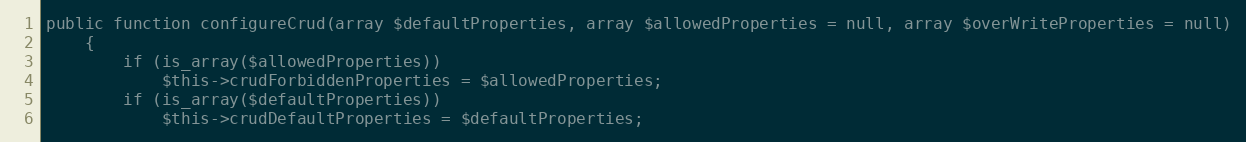
Language: PHP
public function configureCrud(array $defaultProperties, array $allowedProperties = null, array $overWriteProperties = null)
    {
        if (is_array($allowedProperties))
            $this->crudForbiddenProperties = $allowedProperties;
        if (is_array($defaultProperties))
            $this->crudDefaultProperties = $defaultProperties;